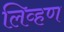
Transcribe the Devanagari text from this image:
लिव्हण